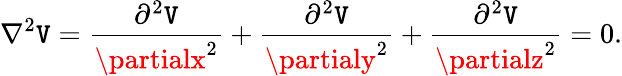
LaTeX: \nabla^{2}\mathtt{V}={\frac{{\partial^{2}\mathtt{V}}}{{\partialx^{2}}}}+{\frac{{\partial^{2}\mathtt{V}}}{{\partialy^{2}}}}+{\frac{{\partial^{2}\mathtt{V}}}{{\partialz^{2}}}}=0.